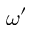
\omega ^ { \prime }